Civil Veterinary Department Bihar & Orissa reports 1929-36 - 1929-1936
Year: 1929
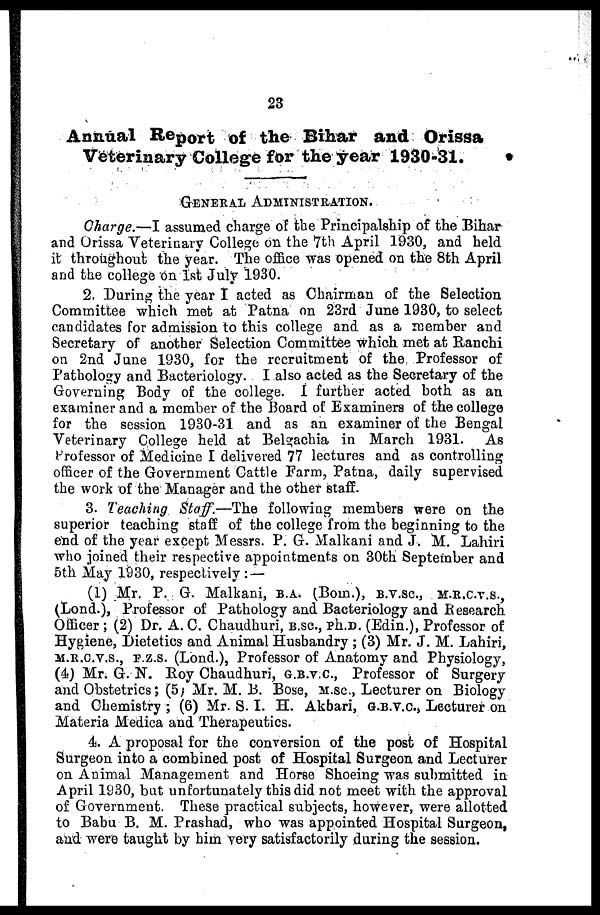
23
Annual Report of the Bihar and Orissa
Veterinary College for the year 1930-31.
GENERAL ADMINISTRATION.
Charge.—I assumed charge of the Principalship of the Bihar
and Orissa Veterinary College on the 7th April 1930, and held
it throughout the year. The office was opened on the 8th April
and the college on 1st July 1930.
2. During the year I acted as Chairman of the Selection
Committee which met at Patna on 23rd June 1930, to select
candidates for admission to this college and as a member and
Secretary of another Selection Committee which met at Ranchi
on 2nd June 1930, for the recruitment of the Professor of
Pathology and Bacteriology. I also acted as the Secretary of the
Governing Body of the college. I further acted both as an
examiner and a member of the Board of Examiners of the college
for the session 1930-31 and as an examiner of the Bengal
Veterinary College held at Belgachia in March 1931. As
Professor of Medicine I delivered 77 lectures and as controlling
officer of the Government Cattle Farm, Patna, daily supervised
the work of the Manager and the other staff.
3. Teaching Staff.—The following members were on the
superior teaching staff of the college from the beginning to the
end of the year except Messrs. P. G. Malkani and J. M. Lahiri
who joined their respective appointments on 30th September and
5th May 1930, respectively:—
(1) Mr. P. G. Malkani, B.A. (Bom.), B.V.SC, M.R.C.V.S.,
(Lond.), Professor of Pathology and Bacteriology and Research
Officer; (2) Dr. A. C. Chaudhuri, B.sc, Ph.D. (Edin.), Professor of
Hygiene, Dietetics and Animal Husbandry; (3) Mr. J. M. Lahiri,
M.R.C.V.S., F.Z.S. (Lond.), Professor of Anatomy and Physiology,
(4) Mr. G. N. Roy Chaudhuri, G.B.V.C., Professor of Surgery
and Obstetrics; (5) Mr. M. B. Bose, M.SC., Lecturer on Biology
and Chemistry; (6) Mr. S. I. H. Akbari, G.B.V.C., Lecturer on
Materia Medica and Therapeutics.
4. A proposal for the conversion of the post of Hospital
Surgeon into a combined post of Hospital Surgeon and Lecturer
on Animal Management and Horse Shoeing was submitted in
April 1930, but unfortunately this did not meet with the approval
of Government. These practical subjects, however, were allotted
to Babu B. M. Prashad, who was appointed Hospital Surgeon,
and were taught by him very satisfactorily during the session.